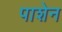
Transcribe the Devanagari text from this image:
पाशेन